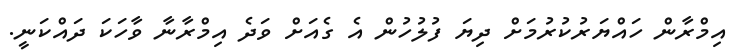
އިމްރާން ހައްޔަރުކުރުމަށް ދިޔަ ފުލުހުން އެ ގެއަށް ވަދެ އިމްރާނާ ވާހަކަ ދައްކަނީ.